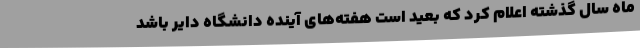
ماه سال گذشته اعلام کرد که بعید است هفته‌های آینده دانشگاه دایر باشد